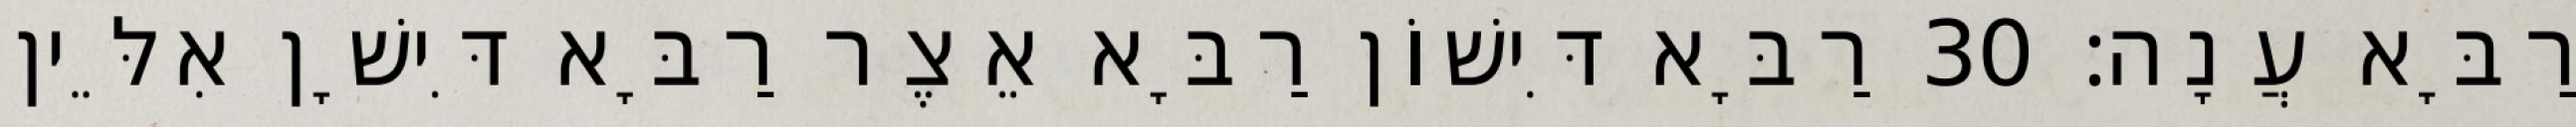
רַבָּא עֲנָה׃ 30 רַבָּא דִּישׁוֹן רַבָּא אֵצֶר רַבָּא דִּישָׁן אִלֵּין